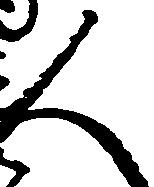
人